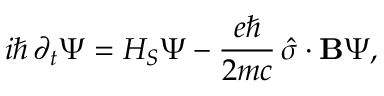
i \hbar \, \partial _ { t } \Psi = H _ { S } \Psi - { \frac { e \hbar } { 2 m c } } \, { \hat { \sigma } } \cdot \mathbf { B } \Psi ,